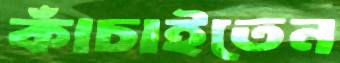
কাঁচাইতেন